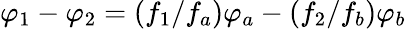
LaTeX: \varphi_{1}-\varphi_{2}=\left(f_{1}/f_{a}\right)\varphi_{a}-\left(f_{2}/f_{b}\right)\varphi_{b}